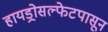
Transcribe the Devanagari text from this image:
हायड्रोसल्फेटपासून